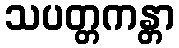
သပတ္တကန္တာ